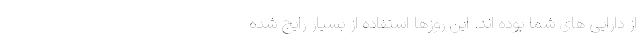
از دارایی­ های شما بوده ­اند. این روزها استفاده از بسیار رایج شده